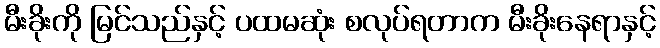
မီးခိုးကို မြင်သည်နှင့် ပထမဆုံး စလုပ်ရတာက မီးခိုးနေရာနှင့်